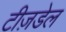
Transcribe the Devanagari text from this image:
टीज़डेल